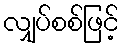
လျှပ်စစ်ဖြင့်